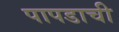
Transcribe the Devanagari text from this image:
पापडाची